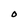
Character: O